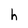
Character: h